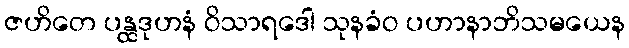
ဇဟိတေ ပန္ထဒုဟနံ ဝိသာရဒေါ သုနခံဝ ပဟာနာဘိသမယေန